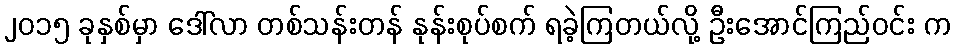
၂၀၁၅ ခုနှစ်မှာ ဒေါ်လာ တစ်သန်းတန် နုန်းစုပ်စက် ရခဲ့ကြတယ်လို့ ဦးအောင်ကြည်ဝင်း က